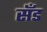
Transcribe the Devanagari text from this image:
सॅंड